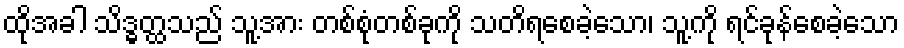
ထိုအခါ သိဒ္ဓတ္ထသည် သူ့အား တစ်စုံတစ်ခုကို သတိရစေခဲ့သော၊ သူ့ကို ရင်ခုန်စေခဲ့သော